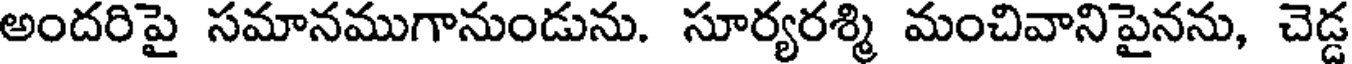
అందరిపై సమానముగానుండును. సూర్యరశ్మి మంచివానిపైనను, చెడ్డ